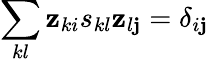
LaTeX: \sum_{kl}\mathbf{z}_{ki}s_{kl}\mathbf{z}_{l\mathbf{j}}=\delta_{i\mathbf{j}}